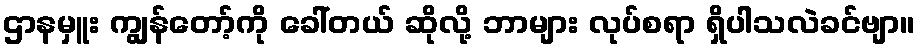
ဌာနမှူး ကျွန်တော့်ကို ခေါ်တယ် ဆိုလို့ ဘာများ လုပ်စရာ ရှိပါသလဲခင်ဗျာ။